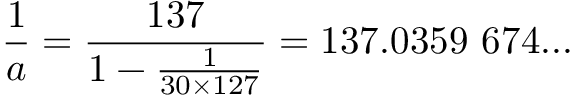
{ \frac { 1 } { a } } = { \frac { 1 3 7 } { 1 - { \frac { 1 } { 3 0 \times 1 2 7 } } } } = 1 3 7 . 0 3 5 9 \ 6 7 4 . . . \nonumber